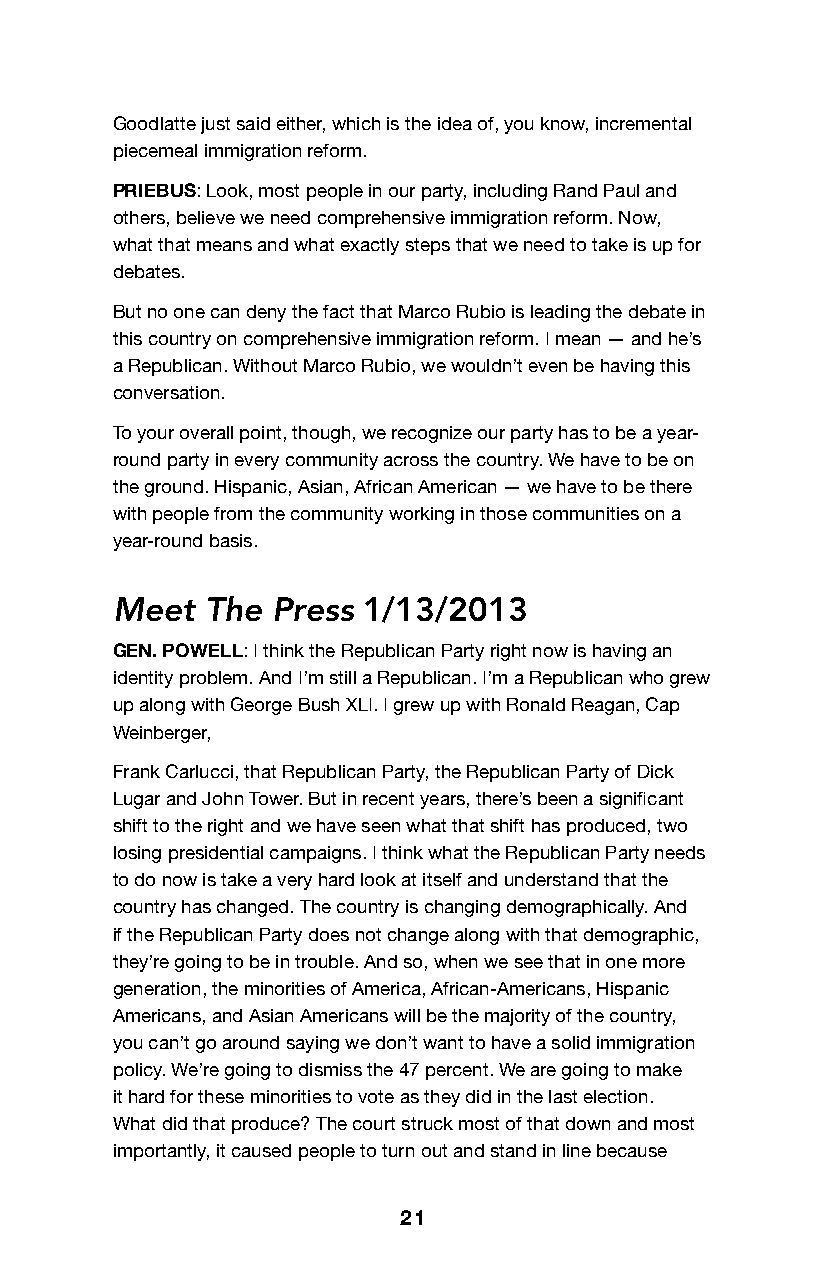
Goodlatte just said either, which is the idea of, you know, incremental
 piecemeal immigration reform.
 PRIEBUS: Look, most people in our party, including Rand Paul and
 others, believe we need comprehensive immigration reform. Now,
 what that means and what exactly steps that we need to take is up for
 debates.
 But no one can deny the fact that Marco Rubio is leading the debate in
 this country on comprehensive immigration reform. I mean — and he’s
 a Republican. Without Marco Rubio, we wouldn’t even be having this
 conversation.
 To your overall point, though, we recognize our party has to be a year-
 round party in every community across the country. We have to be on
 the ground. Hispanic, Asian, African American — we have to be there
 with people from the community working in those communities on a
 year-round basis.
 Meet   The Press 1/13/2013
 GEN. POWELL: I think the Republican Party right now is having an
 identity problem. And I’m still a Republican. I’m a Republican who grew
 up along with George Bush XLI. I grew up with Ronald Reagan, Cap
 Weinberger,
 Frank Carlucci, that Republican Party, the Republican Party of Dick
 Lugar and John Tower. But in recent years, there’s been a significant
 shift to the right and we have seen what that shift has produced, two
 losing presidential campaigns. I think what the Republican Party needs
 to do now is take a very hard look at itself and understand that the
 country has changed. The country is changing demographically. And
 if the Republican Party does not change along with that demographic,
 they’re going to be in trouble. And so, when we see that in one more
 generation, the minorities of America, African-Americans, Hispanic
 Americans, and Asian Americans will be the majority of the country,
 you can’t go around saying we don’t want to have a solid immigration
 policy. We’re going to dismiss the 47 percent. We are going to make
 it hard for these minorities to vote as they did in the last election.
 What did that produce? The court struck most of that down and most
 importantly, it caused people to turn out and stand in line because
 21